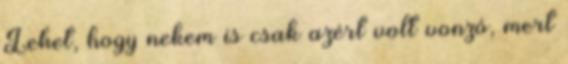
Lehet, hogy nekem is csak azért volt vonzó, mert